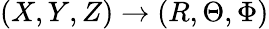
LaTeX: (X,Y,Z)\rightarrow(R,\Theta,\Phi)